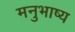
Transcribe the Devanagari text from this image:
मनुभाष्य